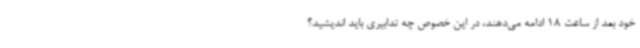
خود بعد از ساعت 18 ادامه می‌دهند، در این خصوص چه تدابیری باید اندیشید؟